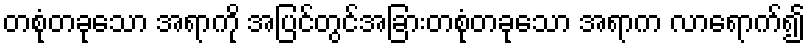
တစုံတခုသော အရာကို အပြင်တွင်အခြားတစုံတခုသော အရာက လာရောက်၍